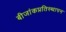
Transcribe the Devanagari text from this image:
बीजांकप्रतिस्थापन